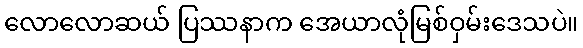
လောလောဆယ် ပြဿနာက အေယာလုံမြစ်ဝှမ်းဒေသပဲ။